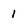
Character: 1